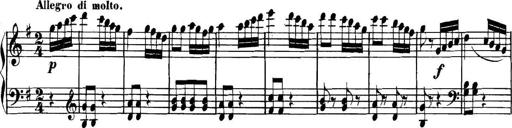
Title: Collected Piano Sonatas
Composer: Muzio Clementi